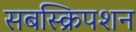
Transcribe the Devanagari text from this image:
सबस्क्रिपशन